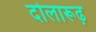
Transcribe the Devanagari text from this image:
दोलारूढ़